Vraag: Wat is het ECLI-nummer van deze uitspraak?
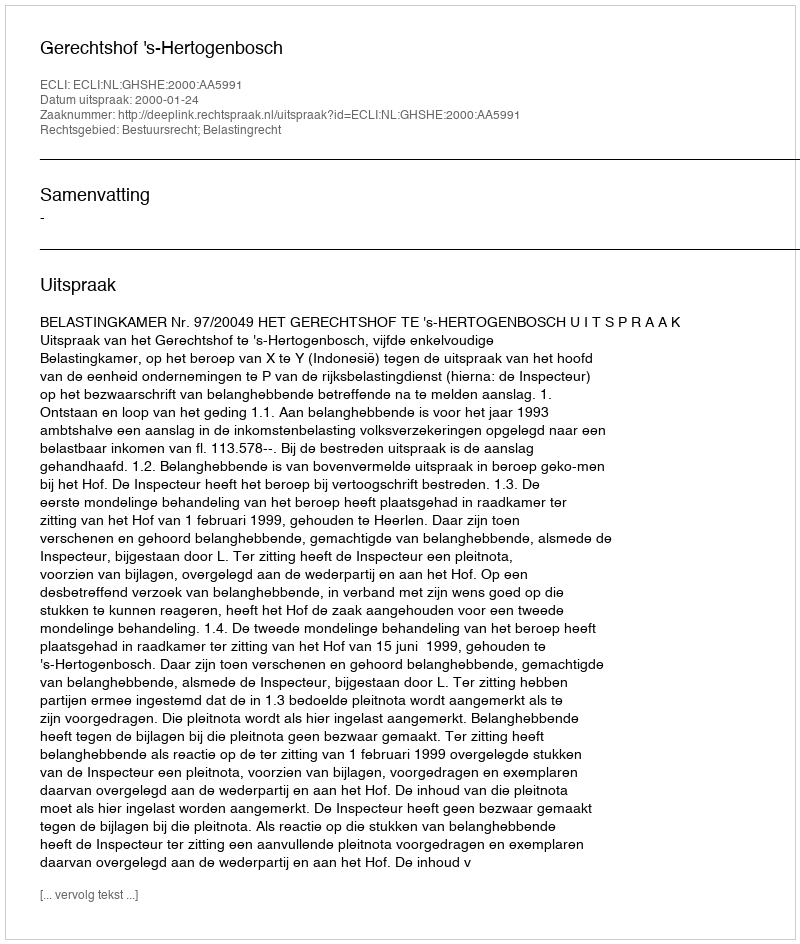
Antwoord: ECLI:NL:GHSHE:2000:AA5991